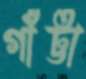
গাঁট্টা